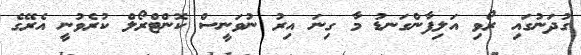
ގުދަނުގައި ރޯވި އަލިފާންގަނޑު މާ ގިނަ އިރު ނުވަނީސް ކޮންޓްރޯލް ކުރެވުނީ އެރޭގެ